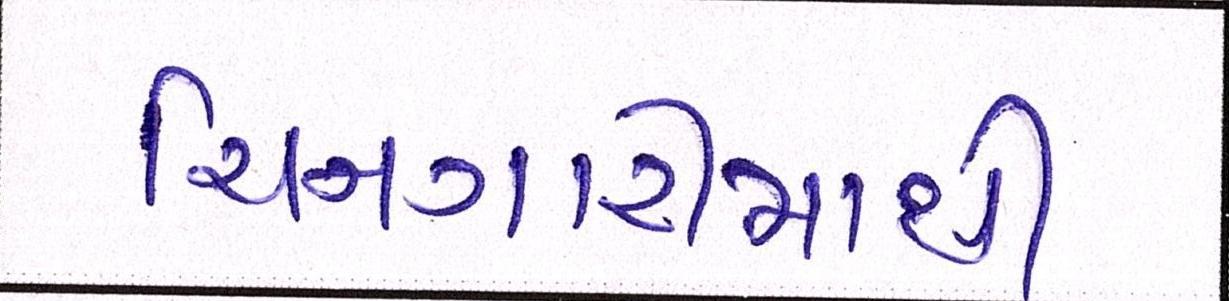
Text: ચિનગારીમાંથી